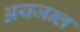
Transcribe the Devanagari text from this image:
अयजन्त